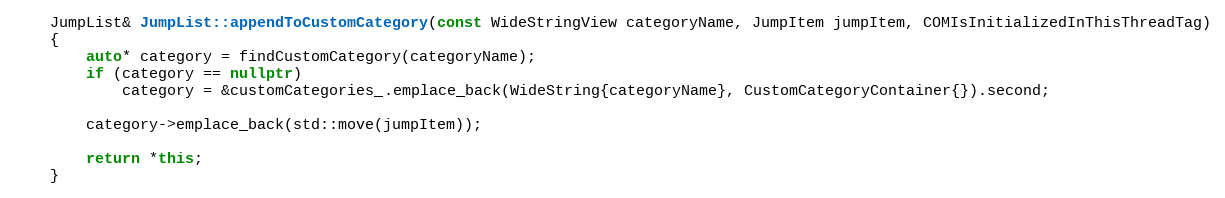
Language: C++
    JumpList& JumpList::appendToCustomCategory(const WideStringView categoryName, JumpItem jumpItem, COMIsInitializedInThisThreadTag)
    {
        auto* category = findCustomCategory(categoryName);
        if (category == nullptr)
            category = &customCategories_.emplace_back(WideString{categoryName}, CustomCategoryContainer{}).second;

        category->emplace_back(std::move(jumpItem));

        return *this;
    }